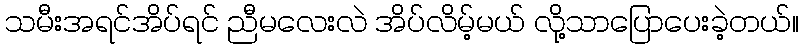
သမီးအရင်အိပ်ရင် ညီမလေးလဲ အိပ်လိမ့်မယ် လို့သာပြောပေးခဲ့တယ်။